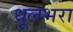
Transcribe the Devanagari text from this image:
धूलभरा